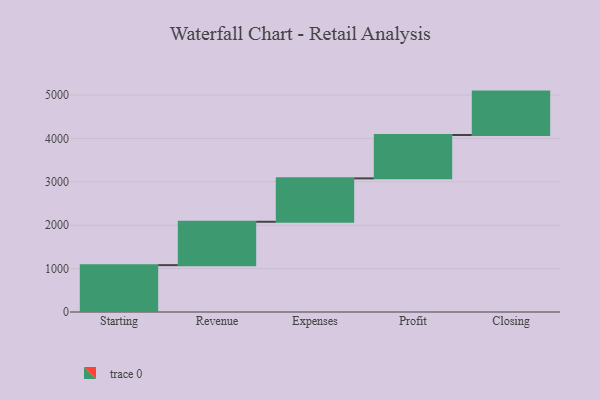
{"axis": {"x": "Step", "y": "Value"}, "legend": [""], "data": [{"x": "Starting", "y": 1080.0, "type": ""}, {"x": "Revenue", "y": 1000, "type": ""}, {"x": "Expenses", "y": 1000, "type": ""}, {"x": "Profit", "y": 1000, "type": ""}, {"x": "Closing", "y": 1000, "type": ""}]}